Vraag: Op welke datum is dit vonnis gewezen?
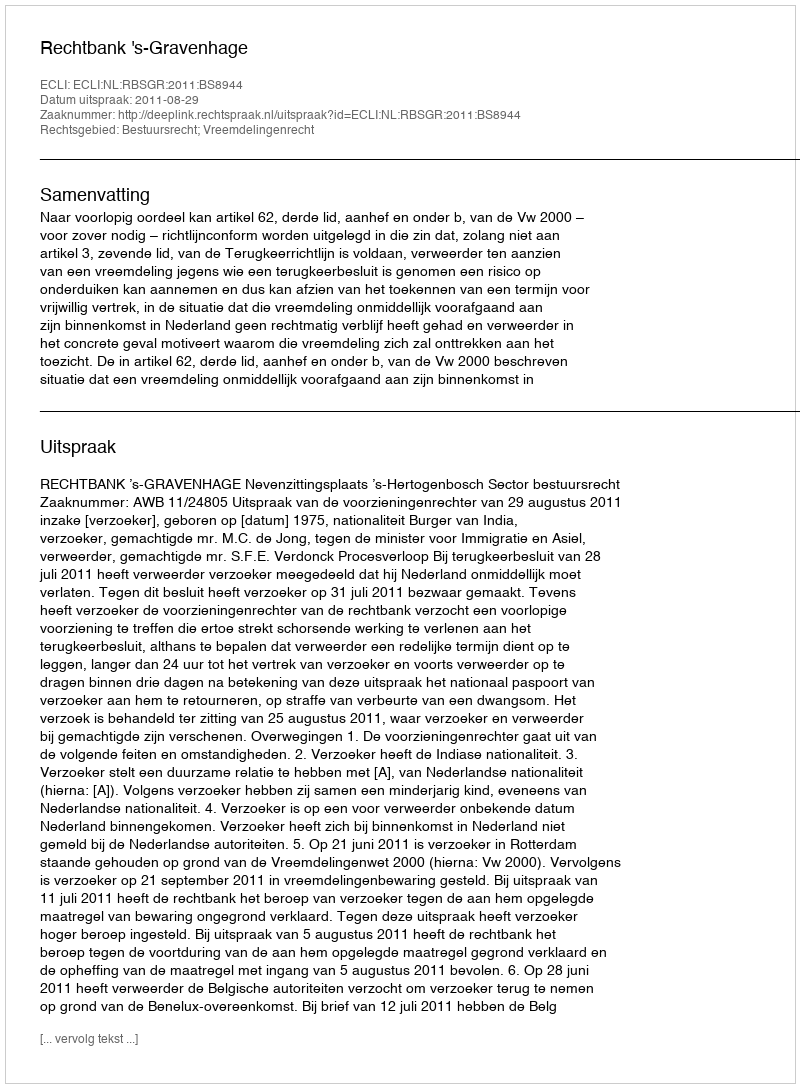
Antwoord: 2011-08-29